Report of the Lahore Medical School Hospital
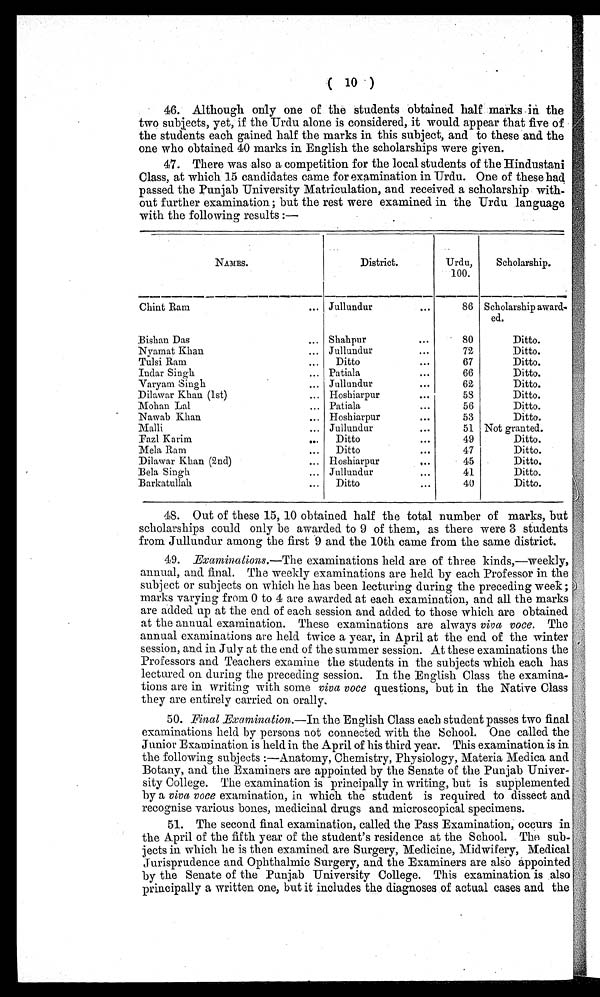
( 10 )
46. Although only one of the students obtained half marks in the
two subjects, yet, if the Urdu alone is considered, it would appear that five of
the students each gained half the marks in this subject, and to these and the
one who obtained 40 marks in English the scholarships were given.
47. There was also a competition for the local students of the Hindustani
Class, at which 15 candidates came for examination in Urdu. One of these had
passed the Punjab University Matriculation, and received a scholarship with-
out further examination ; but the rest were examined in the Urdu language
with the following results :—
N A M E S .
District.
Urdu,
100.
Scholarship.
Chint Ram
Jullundur
86 Scholarship award-
ed.
Bishan Das
Shahpur
8 0
Ditto.
Nyamat Khan
Jullundur
72
Ditto.
Tulsi Ram
Ditto
67
Di t t o.
Indar Singh
Patiala
66
Ditto.
Varyam Singh
Jullundur
62
Ditto.
Dilawar Khan (1st)
Hoshiarpur
58
Ditto.
Mohan Lal
Patiala
56
Ditto.
Nawab Khan
Hoshiarpur
53
Ditto.
Malli
Jullundur
51 Not granted.
Fazl Karim
Ditto
49
Ditto.
Mela Ram
Ditto
47
Ditto.
Dilawar Khan (2nd)
Hoshiarpur
45
Ditto.
Bela Singh
Jullundur
41
Ditto.
Barkatullah
Ditto
40
Ditto.
48. Out of these 15, 10 obtained half the total number of marks, but
scholarships could only be awarded to 9 of them, as there were 3 students
from Jullundur among the first 9 and the 10th came from the same district.
49. Examinations.—The examinations held are of three kinds,—weekly,
annual, and final. The weekly examinations are held by each Professor in the
subject or subjects on which he has been lecturing during the preceding week ;
marks varying from 0 to 4 are awarded at each examination, and all the marks
are added up at the end of each session and added to those which are obtained
at the annual examination. These examinations are always viva voce. The
annual examinations are held twice a year, in April at the end of the winter
session, and in July at the end of the summer session. At these examinations the
Professors and Teachers examine the students in the subjects which each has
lectured on during the preceding session. In the English Class the examina-
tions are in writing with some viva voce questions, but in the Native Class
they are entirely carried on orally.
50.
50.
Final Examination.— In the English Class each student passes two final
examinations held by persons not connected with the School. One called the
Junior Examination is held in the April of his third year. This examination is in
the following subjects :—Anatomy, Chemistry, Physiology, Materia Medica and
Botany, and the Examiners are appointed by the Senate of the Punjab Univer-
sity College. The examination is principally in writing, but is supplemented
by a viva voce examination, in which the student is required to dissect and
recognise various bones, medicinal drugs and microscopical specimens.
51.
51. The second final examination, called the Pass Examination, occurs in
the April of the fifth year of the student's residence at the School. The sub-
jects in which he is then examined are Surgery, Medicine, Midwifery, Medical
Jurisprudence and Ophthalmic Surgery, and the Examiners are also appointed
by the Senate of the Punjab University College. This examination is also
principally a written one, but it includes the diagnoses of actual cases and the